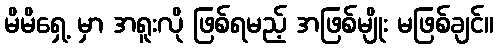
မိမိရှေ့ မှာ အရူးလို ဖြစ်ရမည့် အဖြစ်မျိုး မဖြစ်ချင်။